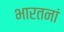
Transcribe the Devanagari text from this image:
भारतनां